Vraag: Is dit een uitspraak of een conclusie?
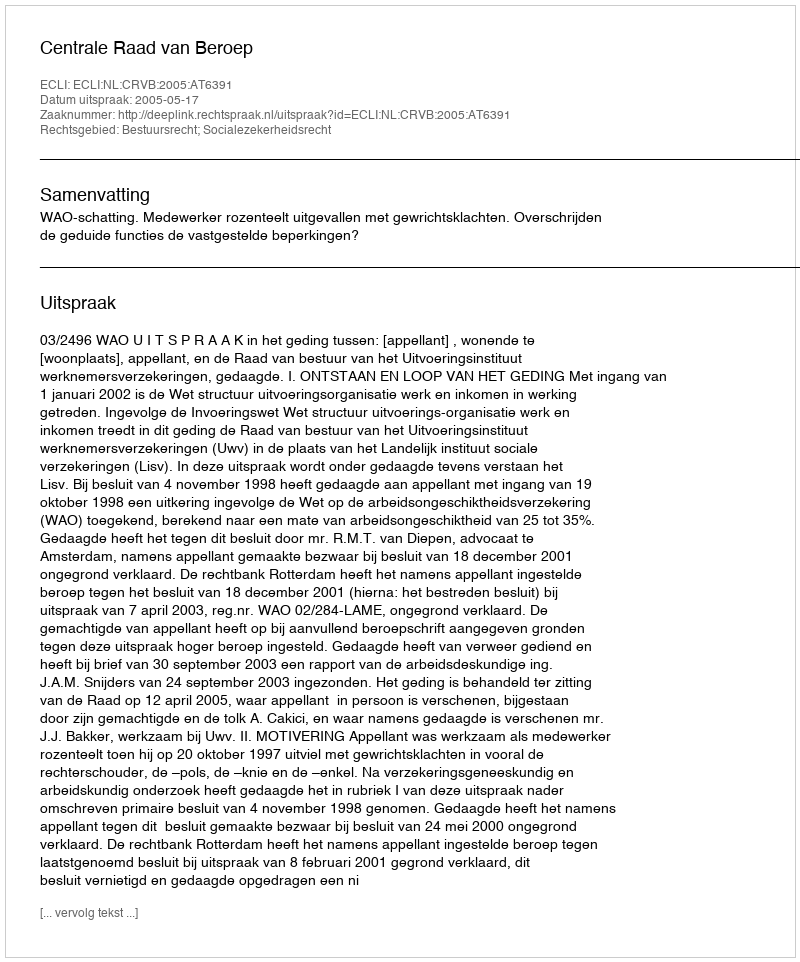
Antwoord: Uitspraak